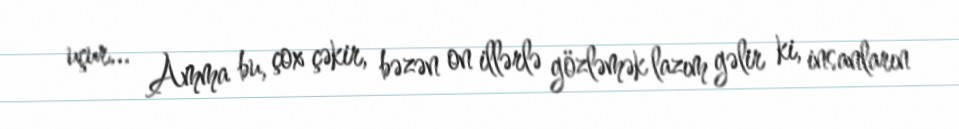
uçur... Amma bu, çox çəkir, bəzən on illərlə gözləmək lazım gəlir ki, insanların